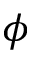
\phi